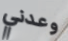
وعدني